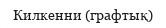
Килкенни (графтық)